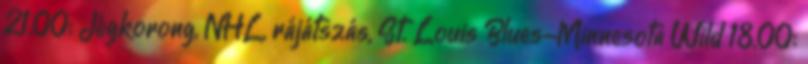
21.00: Jégkorong, NHL, rájátszás, St. Louis Blues-Minnesota Wild 18.00: